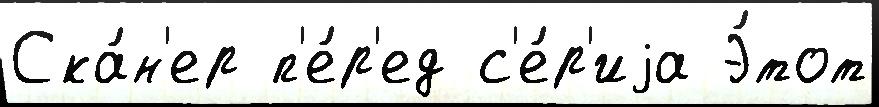
Ска́н'ер п'е́р'ед с'е́р'иjа Э́тот